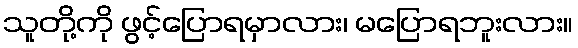
သူတို့ကို ဖွင့်ပြောရမှာလား၊ မပြောရဘူးလား။